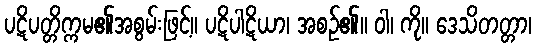
ပဋိပတ္တိက္ကမ၏အစွမ်းဖြင့်။ ပဋိပါဋိယာ၊ အစဉ်၏။ ဝါ၊ ကို။ ဒေသိတတ္တာ၊